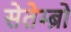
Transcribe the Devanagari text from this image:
सेतेम्ब्रो